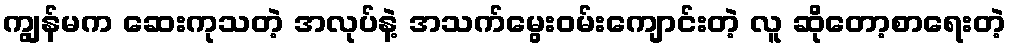
ကျွန်မက ဆေးကုသတဲ့ အလုပ်နဲ့ အသက်မွေးဝမ်းကျောင်းတဲ့ လူ ဆိုတော့စာရေးတဲ့